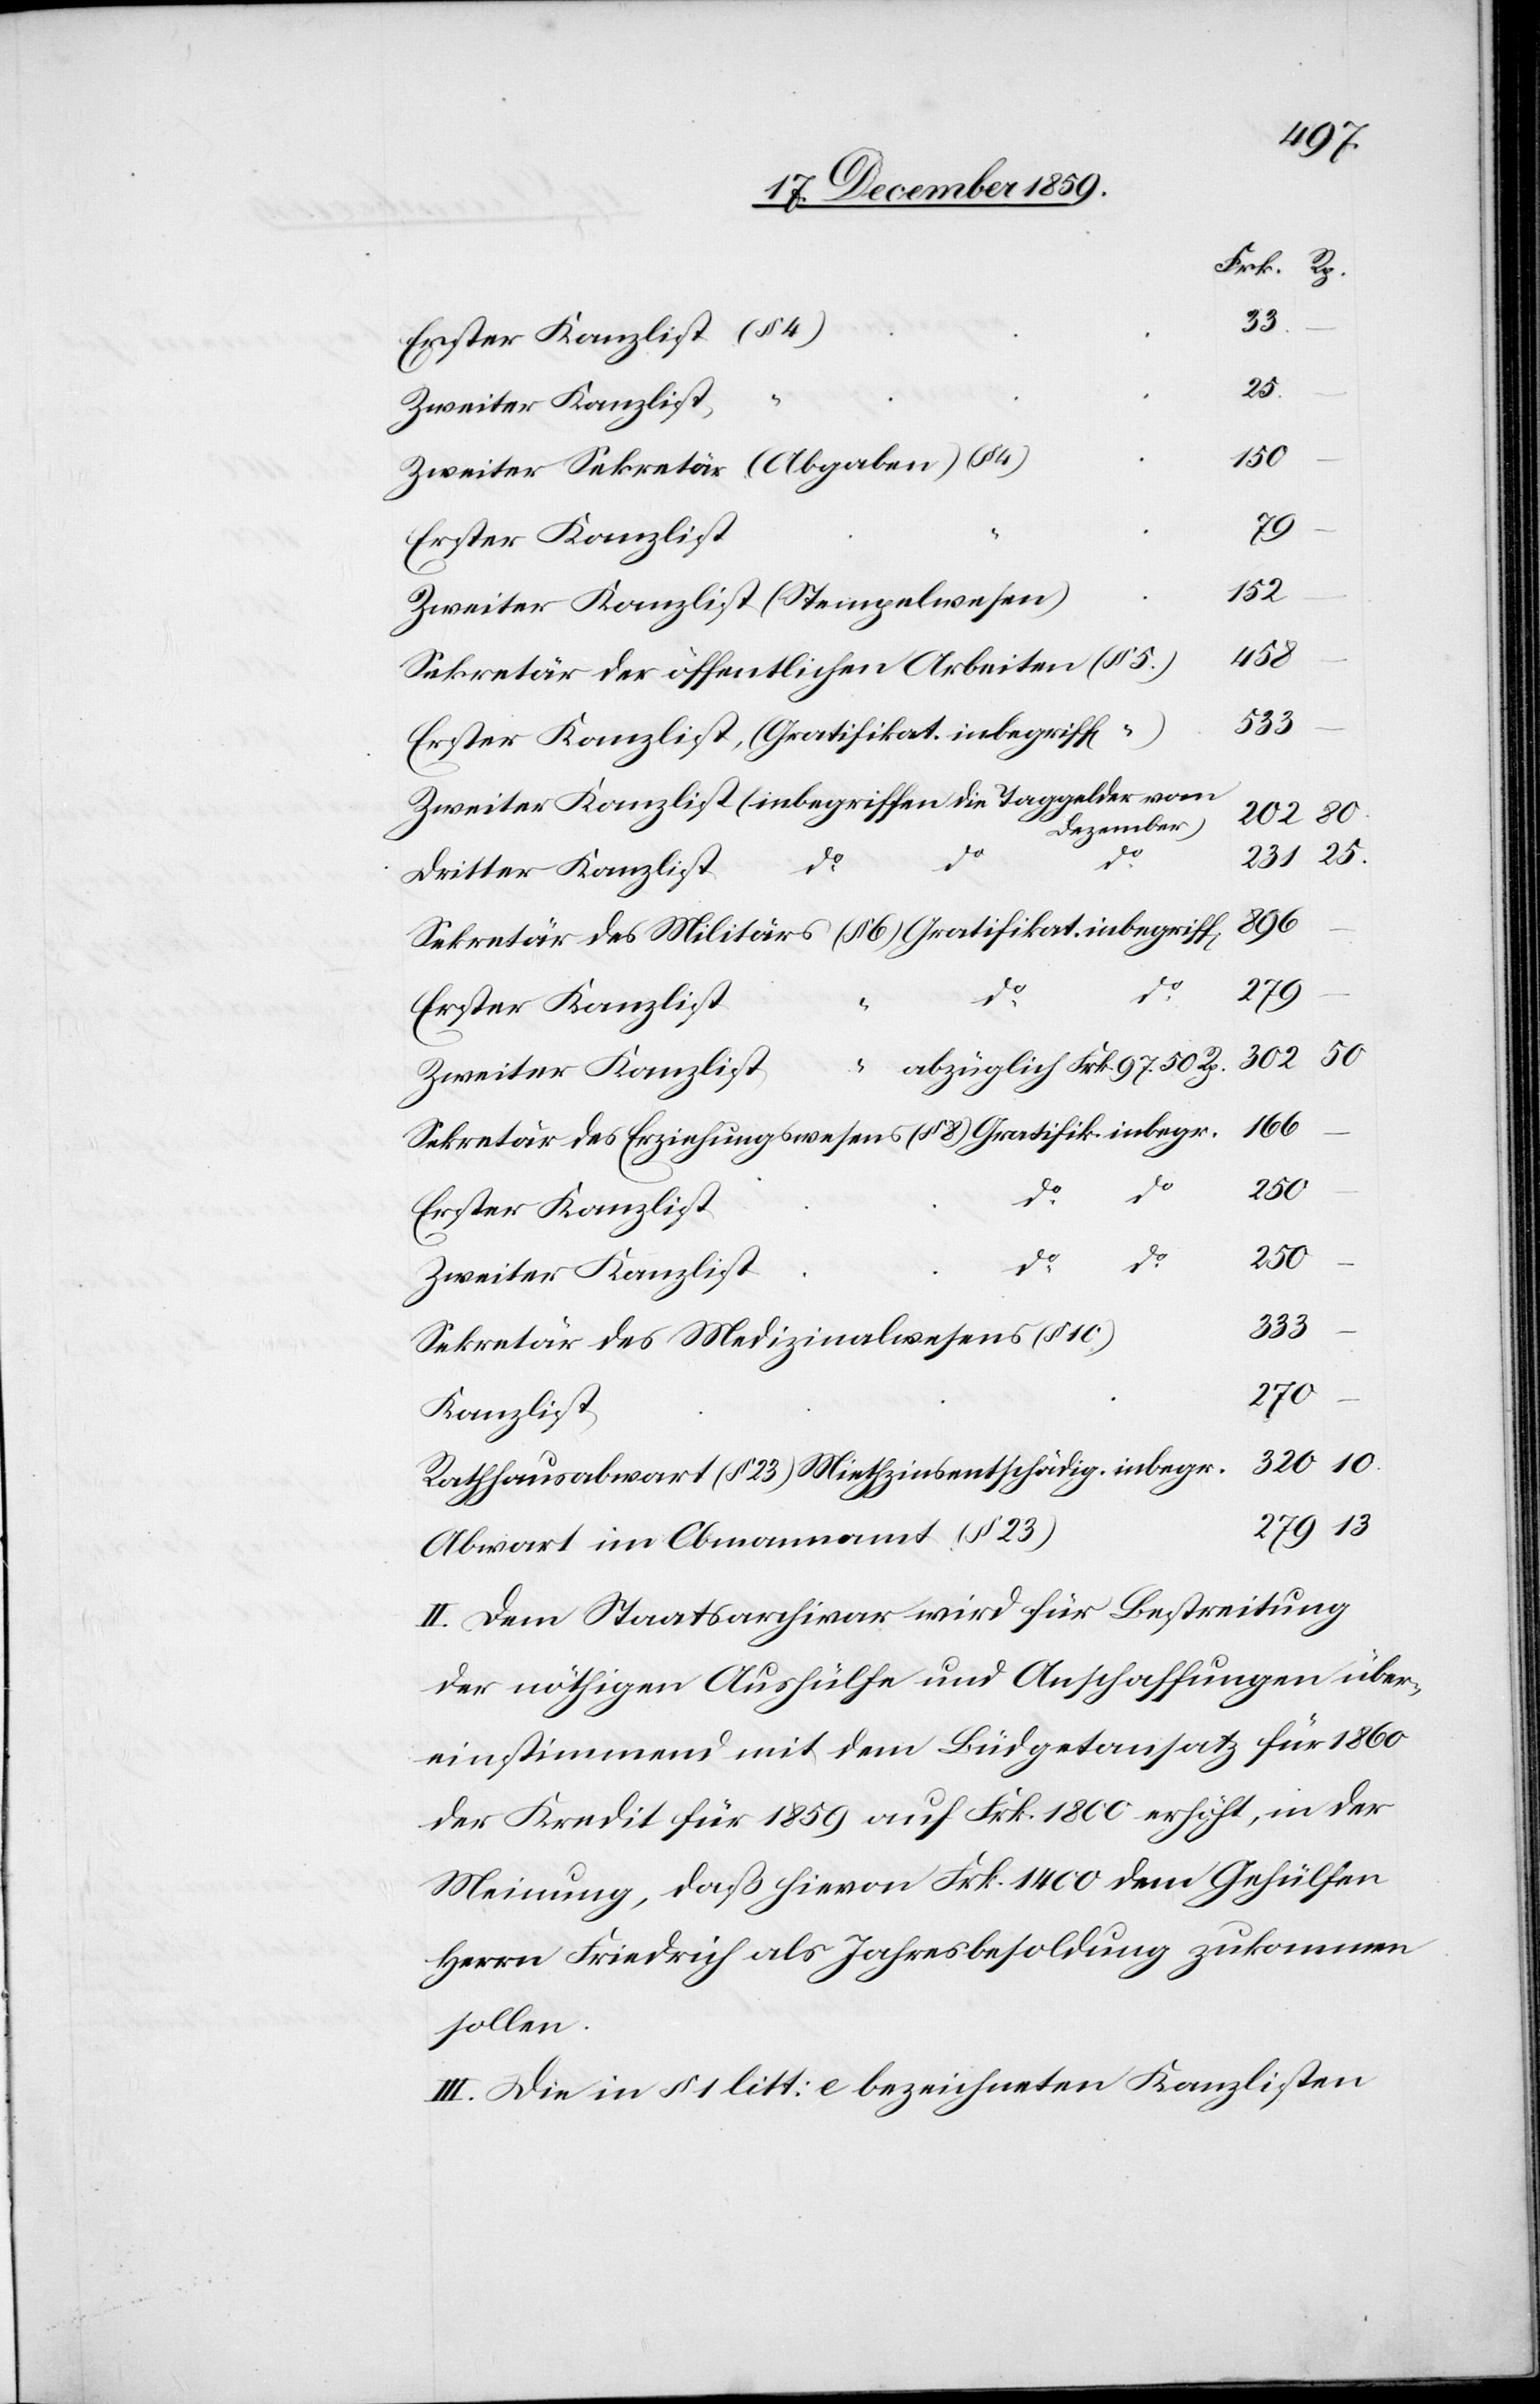
33.
Zweiter Kanzlist
10
Zweiter Kanzlist (Stempelwesen)
152.
Sekretär der öffentlichen Arbeiten
333.
Erster Kanzlist, (Gratifikat. inbegriff[en]
Zweiter Kanzlist (inbegriffen die Taggelder vom
Dezember)
do
50
Dritter Kanzlist
896.
Sekretär der Militärs (§ 6) Gratifikat. inbegriff[en]
279.
5.)
Erster Kanzlist
“ abzüglich Frk. 97 50 Rp.
166.
Sekretär des Erziehungswesens (§ 8) Gratifik. inbegr.
do
13
320.
Sekretär des Medizinalwesens (§
270.
Kanzlist
Rathhausabwart (§ 23) Miethzinsentschäd. inbegr.
Abwart im Obmannamt (§ 23)
II. Dem Staatsarchivar wird für Bestreitung
der nöthigen Aushülfe und Anschaffungen über¬
einstimmend mit dem Büdgetansatz für 1860
der Kredit für 1859 auf Frk. 1800 erhöht, in der
Meinung, daß hievon Frk. 1400 dem Gehülfen
Herrn Friedrich als Jahresbesoldung zukommen
sollen.
III. Die in § 1 litt: e bezeichneten Kanzlisten